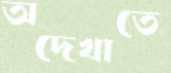
অদেখাতে